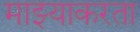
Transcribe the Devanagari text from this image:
माझ्याकरता